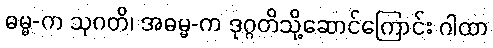
ဓမ္မ-က သုဂတိ၊ အဓမ္မ-က ဒုဂ္ဂတိသို့ဆောင်ကြောင်း ဂါထာ